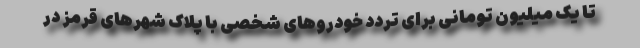
تا یک میلیون تومانی برای تردد خودروهای شخصی با پلاک شهرهای قرمز در